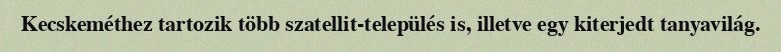
Kecskeméthez tartozik több szatellit-település is, illetve egy kiterjedt tanyavilág.